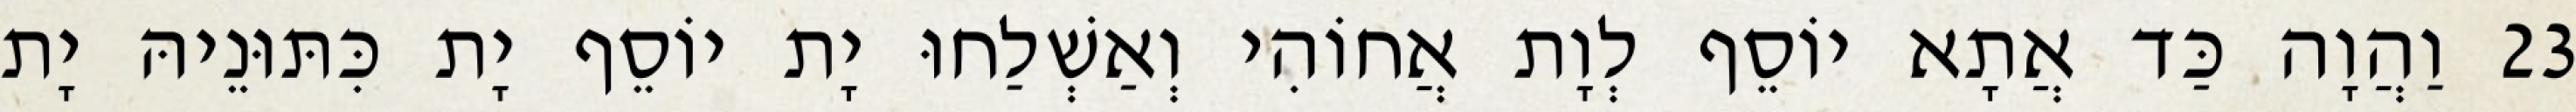
23 וַהֲוָה כַּד אֲתָא יוֹסֵף לְוָת אֲחוֹהִי וְאַשְׁלַחוּ יָת יוֹסֵף יָת כִּתּוּנֵיהּ יָת